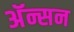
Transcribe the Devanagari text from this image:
अॅन्सन